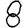
Digit: 8